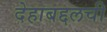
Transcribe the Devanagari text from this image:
देहाबद्दलची